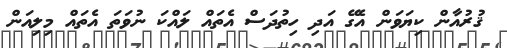
ޤުރުއާން ކިޔަވަން އެގޭ އަދި ހިތުދަސް އެތައް ލައްކަ ނުވަތަ އެތައް މިލިއަން